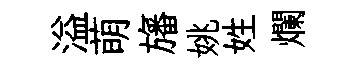
溢萌旛姚姓爛